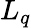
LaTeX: L_{q}